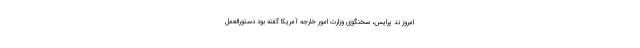
امروز ند پرایس، سخنگوی وزارت امور خارجه آمریکا گفته بود دستورالعمل